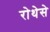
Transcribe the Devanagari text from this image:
रोथेसे